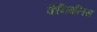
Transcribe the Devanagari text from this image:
कैनिबलिस